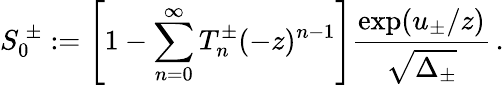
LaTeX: S_{0}^{\ \pm}:=\left[1-\sum_{n=0}^{\infty}T_{n}^{\pm}(-z)^{n-1}\right]{\frac{\exp(u_{\pm}/z)}{\sqrt{\Delta_{\pm}}}}\, .